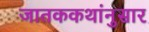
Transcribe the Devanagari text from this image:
जातककथांनुसार